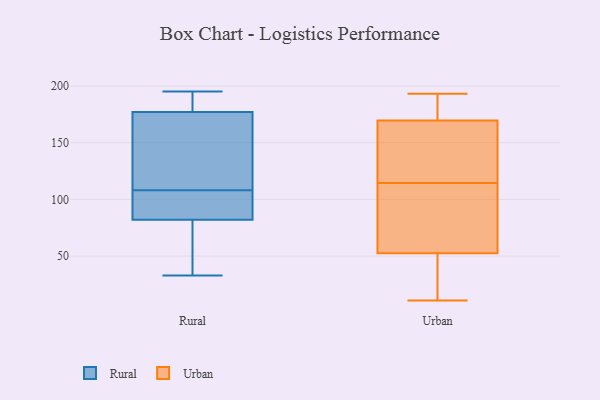
{"axis": {"x": "Gross Profit (USD K)", "y": "Value"}, "legend": ["Rural", "Urban"], "data": [{"x": "", "y": 88, "type": "Rural"}, {"x": "", "y": 192, "type": "Rural"}, {"x": "", "y": 97, "type": "Rural"}, {"x": "", "y": 108, "type": "Rural"}, {"x": "", "y": 185, "type": "Rural"}, {"x": "", "y": 195, "type": "Rural"}, {"x": "", "y": 193, "type": "Rural"}, {"x": "", "y": 80, "type": "Rural"}, {"x": "", "y": 101, "type": "Rural"}, {"x": "", "y": 174, "type": "Rural"}, {"x": "", "y": 35, "type": "Rural"}, {"x": "", "y": 62, "type": "Rural"}, {"x": "", "y": 108, "type": "Rural"}, {"x": "", "y": 178, "type": "Rural"}, {"x": "", "y": 103, "type": "Rural"}, {"x": "", "y": 128, "type": "Rural"}, {"x": "", "y": 146, "type": "Rural"}, {"x": "", "y": 33, "type": "Rural"}, {"x": "", "y": 36, "type": "Rural"}, {"x": "", "y": 193, "type": "Urban"}, {"x": "", "y": 11, "type": "Urban"}, {"x": "", "y": 31, "type": "Urban"}, {"x": "", "y": 47, "type": "Urban"}, {"x": "", "y": 187, "type": "Urban"}, {"x": "", "y": 154, "type": "Urban"}, {"x": "", "y": 58, "type": "Urban"}, {"x": "", "y": 60, "type": "Urban"}, {"x": "", "y": 132, "type": "Urban"}, {"x": "", "y": 108, "type": "Urban"}, {"x": "", "y": 121, "type": "Urban"}, {"x": "", "y": 185, "type": "Urban"}]}